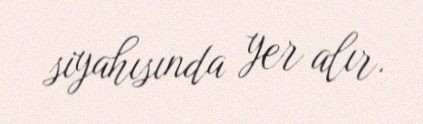
siyahısında yer alır.